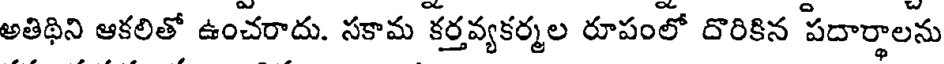
అతిథిని ఆకలితో ఉంచరాదు. సకామ కర్తవ్యకర్మల రూపంలో దొరికిన పదార్థాలను